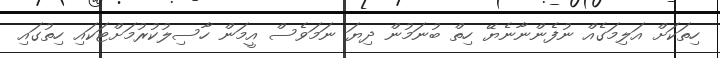
ހިތަކަށް އަލިމަގެއް ނުފެންނާނެޔޭ ހިތް ބުނަމުން ދިޔަ ނަމަވެސް އީމަން ހާސިލުކުރުމަށްޓަކައި ހިތުގައި